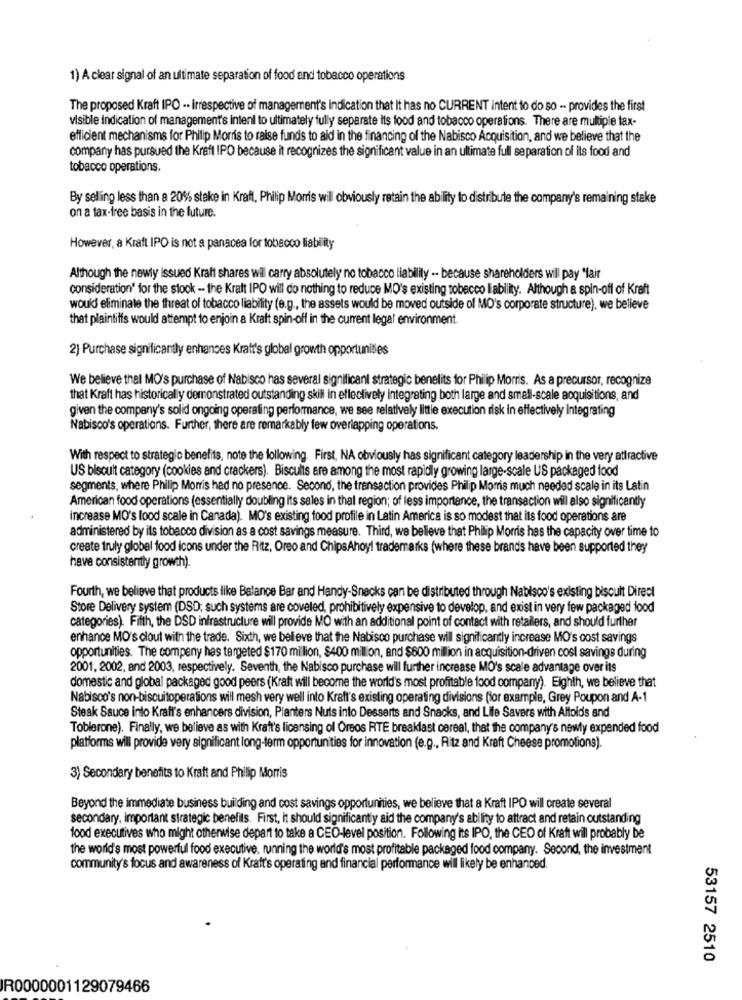
1) A clear signal of an ultimate separation of food and tobacco operations
The proposed Kraft IPO .. irrespective of management's indication that It has no CURRENT intent to do so - provides the first
visible indication of management's intenl to ultimately fully separate its food and tobacco operations. There are multiple tax-
efficient mechanisms for Philip Morris to raise funds to aid in the financing of the Nabisco Acquisition, and we believe that the
company has pursued the Kraft IPO because it recognizes the significant value in an ultimate full separation of its food and
tobacco operations.
By selling less than a 20% stake in Kraft, Philip Morris will obviously retain the ability to distribute the company's remaining stake
on a tax-free basis in the future.
However, a Kraft IPO is not a panacea for tobacco liability
Although the newly issued Kraft shares wil carry absolutely no tobacco liability .. because shareholders will pay "fair
consideration' for the stock -- the Kraft IPO will do nothing to reduce MO's existing tobacco liability. Although a spin-off of Kraft
would eliminate the threat of tobacco liability (e.g ., the assets would be moved outside of MO's corporate structure), we believe
that plaintiffs would attempt to enjoin a Kraft spin-off in the current legal environment.
2) Purchase significantly enhances Kraft's global growth opportunities
We believe thal MO's purchase of Nabisco has several significanl strategic benelits for Philip Morris. As a precursor, recognize
that Kraft has historically demonstrated outstanding skill In effectively integrating both large and small-scale acquisitions, and
given the company's solid ongoing operating performance, we see relatively little execution risk in effectively integrating
Nabisco's operations. Further, there are remarkably few overlapping operations.
With respect to strategic benefits, note the following. First, NA obviously has significant category leadership in the very attractive
US bisoult category (cookies and crackers). Biscuits are among the most rapidly growing large-scale US packaged food
segments, where Philip Morris had no presence. Second, the transaction provides Philip Morris much needed scale in its Latin
American food operations (essentially doubling its sales in thal region; of less importance, the transaction will also significantly
increase MO's lood scale in Canada). MO's existing food profile in Latin America is so modest that its food operations are
administered by its tobacco division as a cost savings measure. Third, we believe that Philip Morris has the capacity over time to
create truly global food icons under the Ritz, Oreo and ChipsAhoy! trademarks (where these brands have been supported they
have consistently growth).
Fourth, we believe that products like Balance Bar and Handy-Snacks can be distributed through Nabisco's existing biscuit Direct
Store Delivery system (DSD; such systems are coveled, prohibitively expensive to develop, and exist in very few packaged food
categories). Fifth, the DSD infrastructure will provide MO with an additional point of contact with retailers, and should further
enhance MO's clout with the trade. Sixth, we believe that the Nabisco purchase will significantly increase MO's cost savings
opportunities. The company has targeted $170 million, $400 million, and $600 milion in acquisition-driven cost savings during
2001, 2002, and 2003, respectively. Seventh, the Nabisco purchase will further increase MO's scale advantage over its
domestic and global packaged good peers (Kraft will become the world's most profitable food company). Eighth, we believe that
Nabisco's non-biscuitoperations will mesh very well into Kraft's existing operating divisions [for example, Grey Poupon and A-1
Steak Sauce into Kraft's enhancers division, Planters Nuts into Desserts and Snacks, and Life Savers with Altoids and
Toblerone). Finally, we believe as with Kraft's licensing of Oreos RTE breakfast cereal, that the company's newly expanded food
platforms will provide very significant long-term opportunities for innovation (e.g ., Ritz and Kraft Cheese promotions).
3) Secondary benefits to Kraft and Philip Morris
Beyond the immediate business building and cost savings opportunities, we believe that a Kraft IPO will create several
secondary, important strategic benefits. First, it should significantly aid the company's ability to attract and retain outstanding
food executives who might otherwise depart to take a CEO-level position. Following its IPO, the CEO of Kraft will probably be
the world's most powerful food executive, running the world's most profitable packaged food company. Second, the investment
community's focus and awareness of Kraft's operating and financial performance will likely be enhanced.
53157 2510
R0000001129079466